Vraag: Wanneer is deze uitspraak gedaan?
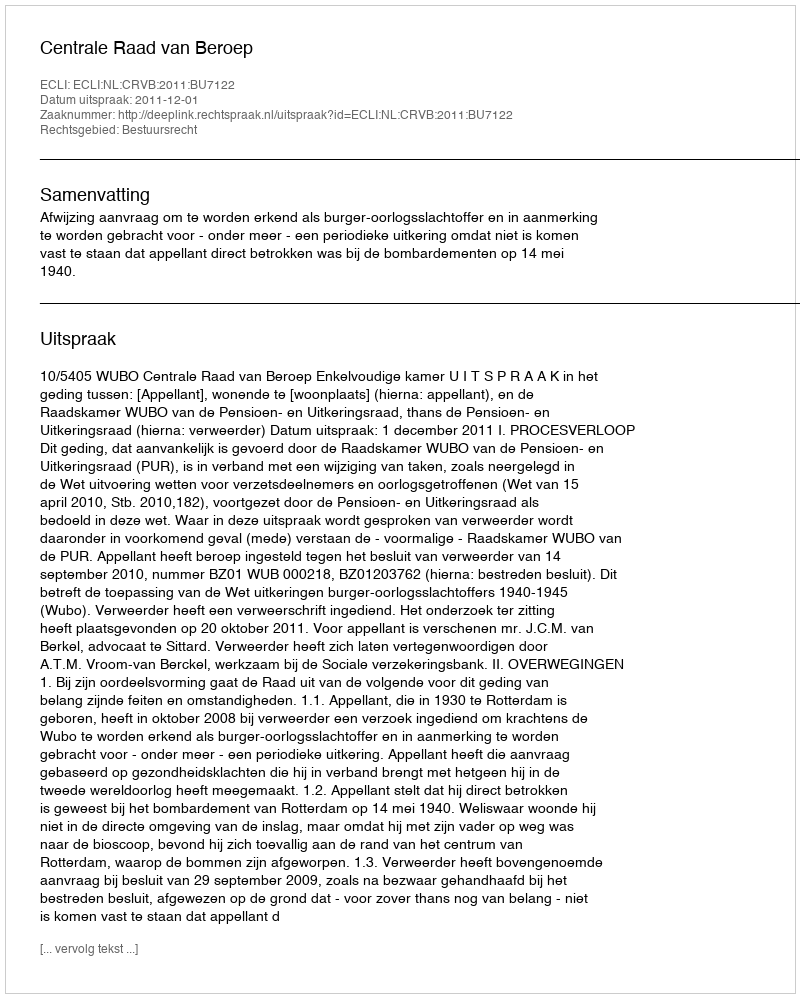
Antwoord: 2011-12-01